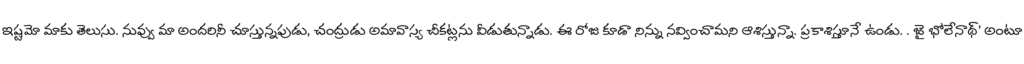
ఇష్టమో మాకు తెలుసు. నువ్వు మా అందరినీ చూస్తున్నపుడు, చంద్రుడు అమావాస్య చీకట్లను వీడుతున్నాడు. ఈ రోజు కూడా నిన్ను నవ్వించామని ఆశిస్తున్నా. ప్రకాశిస్తూనే ఉండు. . జై భోలేనాథ్' అంటూ